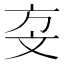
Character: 𣁅